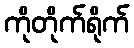
ကိုတိုက်ရိုက်